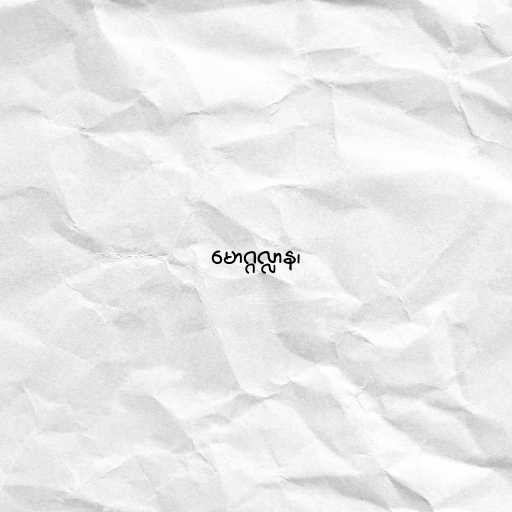
မောဂ္ဂလ္လာန၊